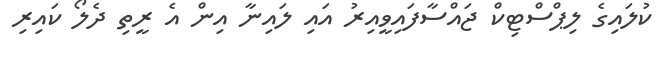
ކުލައިގެ ލިޕްސްޓިކް ޖައްސާފައިވީއިރު އައި ލައިނާ އިން އެ ރީތި ދެލޯ ކައިރި